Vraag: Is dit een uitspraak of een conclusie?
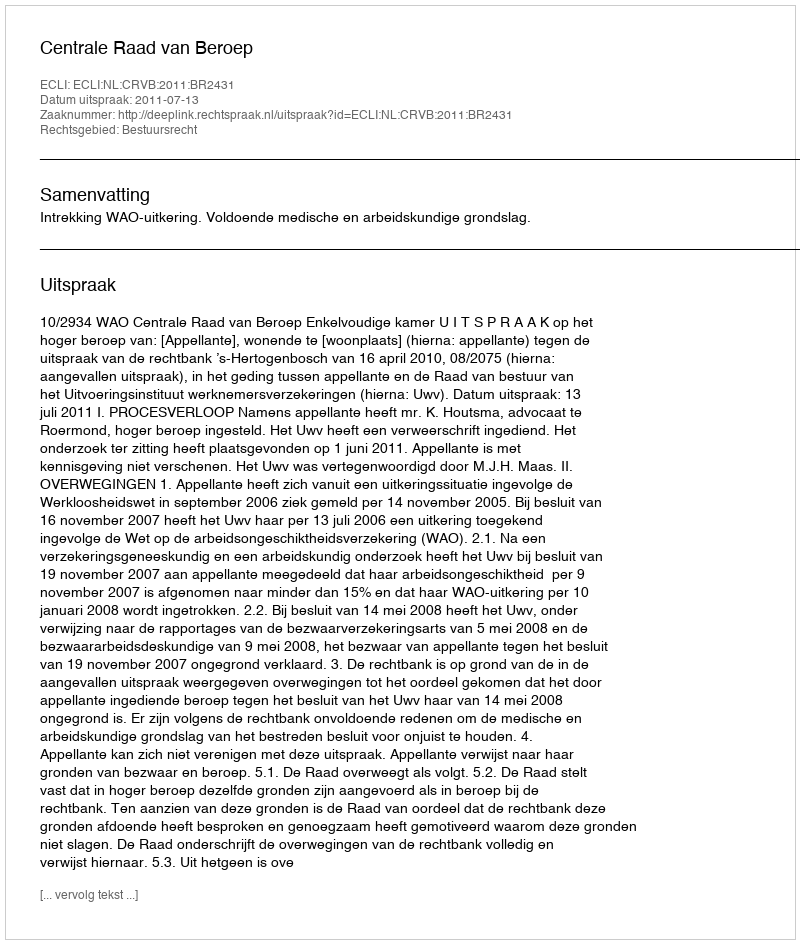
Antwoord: Uitspraak